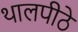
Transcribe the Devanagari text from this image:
थालपीठे